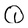
Character: Q